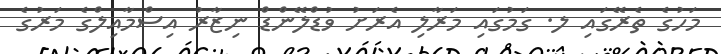
މަހުގެ ތެރޭގައި ލ. ގަމުގައި މަރާލި އެރަށު ވުޑްލޭންޑް ނިޒާރު އިސްމާއިލްގެ މަރުގެ